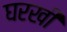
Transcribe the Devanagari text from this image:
घरखी